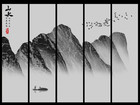
君子坦荡荡，小人长戚戚。